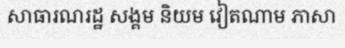
សាធារណរដ្ឋ សង្គម និយម វៀតណាម ភាសា